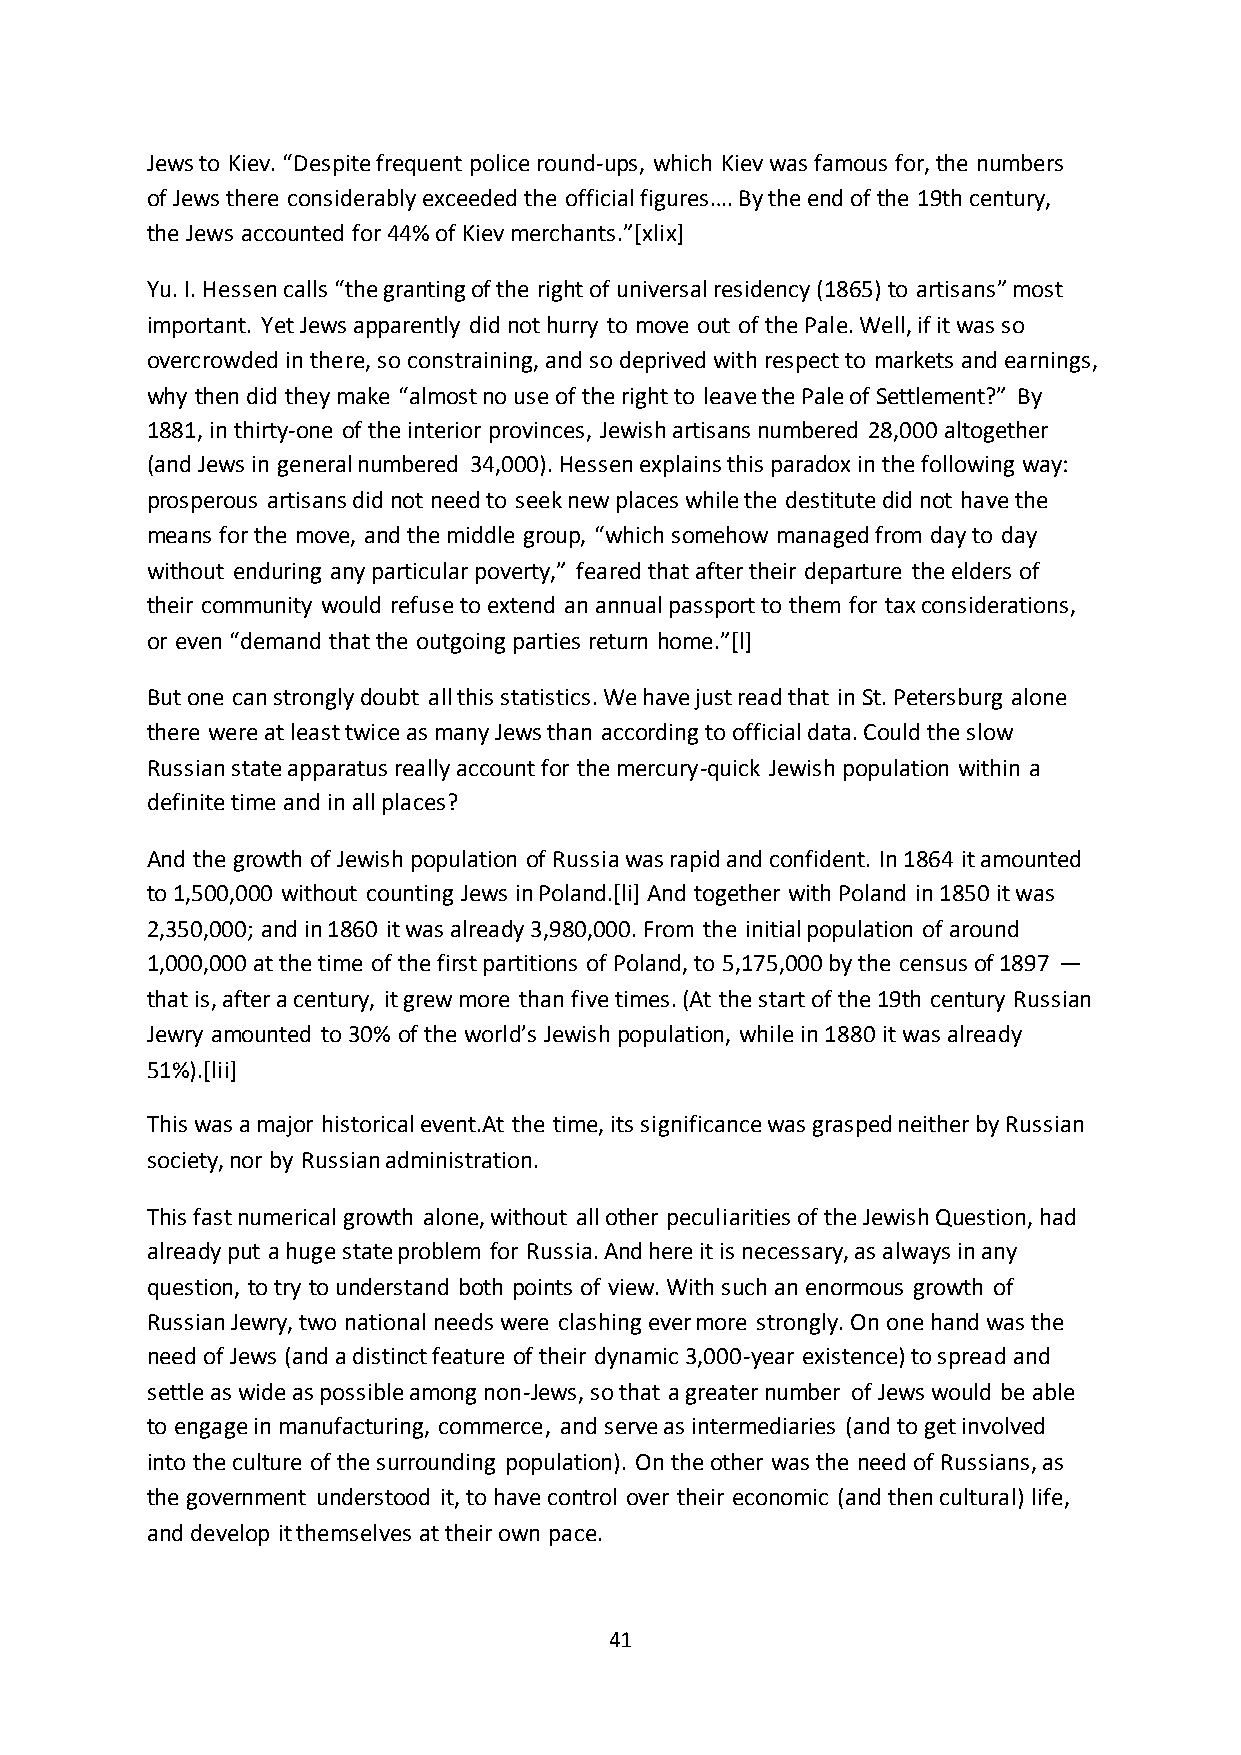
Jews to Kiev. “Despite frequent police round-ups, which Kiev was famous for, the numbers
 of Jews there considerably exceeded the official figures…. By the end of the 19th century,
 the Jews accounted for 44% of Kiev merchants.”*xlix+
 Yu. I. Hessen calls “the granting of the right of universal residency (1865) to artisans” most
 important. Yet Jews apparently did not hurry to move out of the Pale. Well, if it was so
 overcrowded in there, so constraining, and so deprived with respect to markets and earnings,
 why then did they make “almost no use of the right to leave the Pale of Settlement?” By
 1881, in thirty-one of the interior provinces, Jewish artisans numbered 28,000 altogether
 (and Jews in general numbered 34,000). Hessen explains this paradox in the following way:
 prosperous artisans did not need to seek new places while the destitute did not have the
 means for the move, and the middle group, “which somehow managed from day to day
 without enduring any particular poverty,” feared that after their departure the elders of
 their community would refuse to extend an annual passport to them for tax considerations,
 or even “demand that the outgoing parties return home.”*l+
 But one can strongly doubt all this statistics. We have just read that in St. Petersburg alone
 there were at least twice as many Jews than according to official data. Could the slow
 Russian state apparatus really account for the mercury-quick Jewish population within a
 definite time and in all places?
 And the growth of Jewish population of Russia was rapid and confident. In 1864 it amounted
 to 1,500,000 without counting Jews in Poland.[li] And together with Poland in 1850 it was
 2,350,000; and in 1860 it was already 3,980,000. From the initial population of around
 1,000,000 at the time of the first partitions of Poland, to 5,175,000 by the census of 1897 —
 that is, after a century, it grew more than five times. (At the start of the 19th century Russian
 Jewry amounted to 30% of the world’s Jewish population, while in 1880 it was already
 51%).[lii]
 This was a major historical event.At the time, its significance was grasped neither by Russian
 society, nor by Russian administration.
 This fast numerical growth alone, without all other peculiarities of the Jewish Question, had
 already put a huge state problem for Russia. And here it is necessary, as always in any
 question, to try to understand both points of view. With such an enormous growth of
 Russian Jewry, two national needs were clashing ever more strongly. On one hand was the
 need of Jews (and a distinct feature of their dynamic 3,000-year existence) to spread and
 settle as wide as possible among non-Jews, so that a greater number of Jews would be able
 to engage in manufacturing, commerce, and serve as intermediaries (and to get involved
 into the culture of the surrounding population). On the other was the need of Russians, as
 the government understood it, to have control over their economic (and then cultural) life,
 and develop it themselves at their own pace.
 41